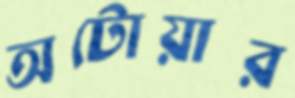
অটোয়ার